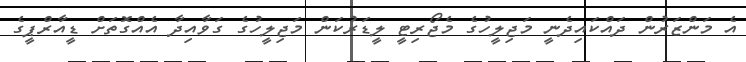
އެ މަންޒަރުން ދައްކައިދެނީ މަޖިލީހުގެ މެޖޯރިޓީ ލީޑަރުކަން މަޖިލީހުގެ ގަވާއިދާ އެއްގޮތަށް ޑީއާރްޕީގެ